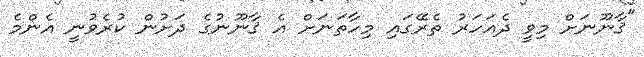
"ޤާނޫނަށް މިވީ ދެއަހަރު ތެރޭގައި މިހާތަނަށް އެ ޤާނޫނުގެ ދަށުން ކުރެވުނީ އެންމެ